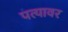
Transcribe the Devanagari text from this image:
पत्‍यावर